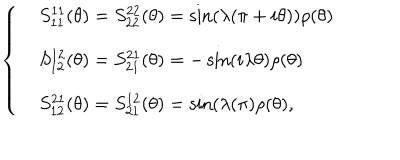
\left\{ \begin{array} { l l } { { } } & { { S _ { 1 1 } ^ { 1 1 } ( \theta ) = S _ { 2 2 } ^ { 2 2 } ( \theta ) = \sin ( \lambda ( \pi + i \theta ) ) \rho ( \theta ) } } \\ { { } } & { { S _ { 1 2 } ^ { 1 2 } ( \theta ) = S _ { 2 1 } ^ { 2 1 } ( \theta ) = - \sin ( i \lambda \theta ) \rho ( \theta ) } } \\ { { } } & { { S _ { 1 2 } ^ { 2 1 } ( \theta ) = S _ { 2 1 } ^ { 1 2 } ( \theta ) = \sin ( \lambda ( \pi ) \rho ( \theta ) , } } \\ \end{array} \right.